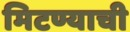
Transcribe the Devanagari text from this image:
मिटण्याची